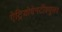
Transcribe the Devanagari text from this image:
ऐट्रियोवेनटीक्यूलर